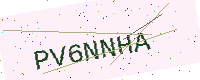
Text: PV6NNHA